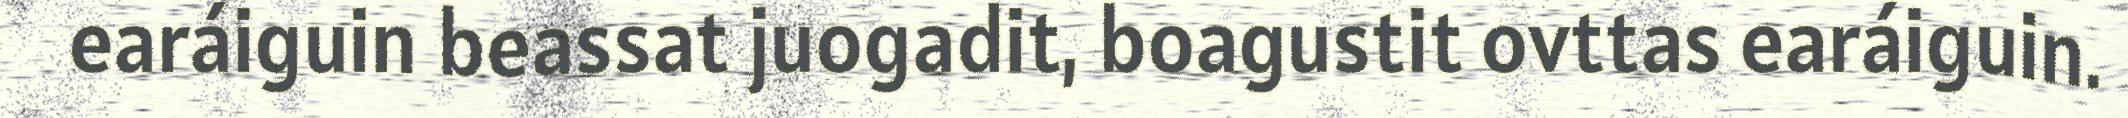
earáiguin beassat juogadit, boagustit ovttas earáiguin.